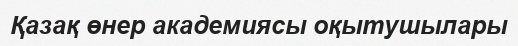
Қазақ өнер академиясы оқытушылары